Scottish assistants in French and German schools and colleges, 1938
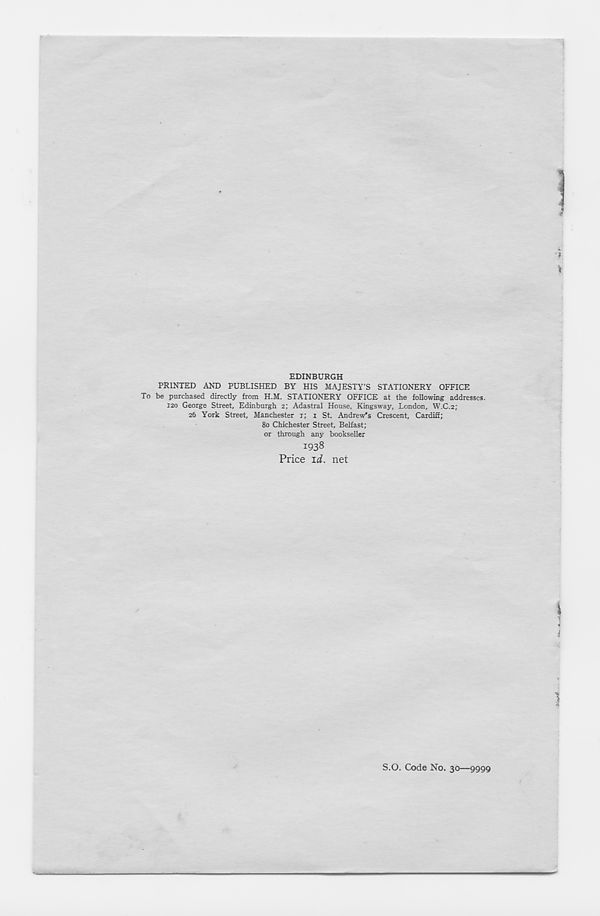
EDINBURGH
PRINTED AND PUBLISHED BY HIS MAJESTY’S STATIONERY OFFICE
To be purchased directly from H.M. STATIONERY OFFICE at the following addresses.
120 George Street, Edinburgh 2; Adastral House, Kingsway, London, W.C.2;
26 York Street, Manchester 1; 1 St. Andrew’s Crescent, Cardiff;
80 Chichester Street, Belfast;
or through any bookseller
1938
Price id. net
S.O. Code No. 30—9999